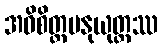
အဓိစိတ္တမနုယုတ္တဿ